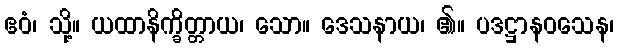
ဧဝံ၊ သို့။ ယထာနိက္ခိတ္တာယ၊ သော။ ဒေသနာယ၊ ၏။ ပဒဋ္ဌာနဝသေန၊